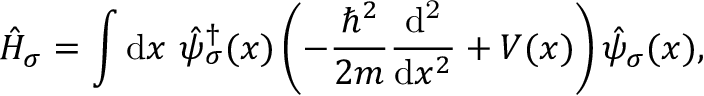
\hat { H } _ { \sigma } = \int \mathrm { d } x ~ \hat { \psi } _ { \sigma } ^ { \dagger } ( x ) \left( - \frac { \hbar ^ { 2 } } { 2 m } \frac { \mathrm { d ^ { 2 } } } { \mathrm { d } x ^ { 2 } } + V ( x ) \right) \hat { \psi } _ { \sigma } ( x ) ,